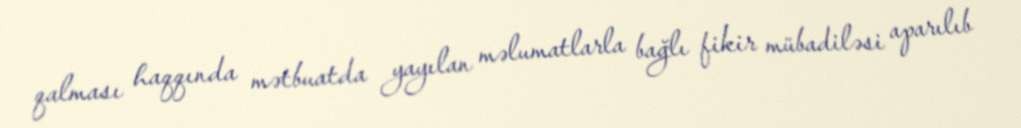
qalması haqqında mətbuatda yayılan məlumatlarla bağlı fikir mübadiləsi aparılıb